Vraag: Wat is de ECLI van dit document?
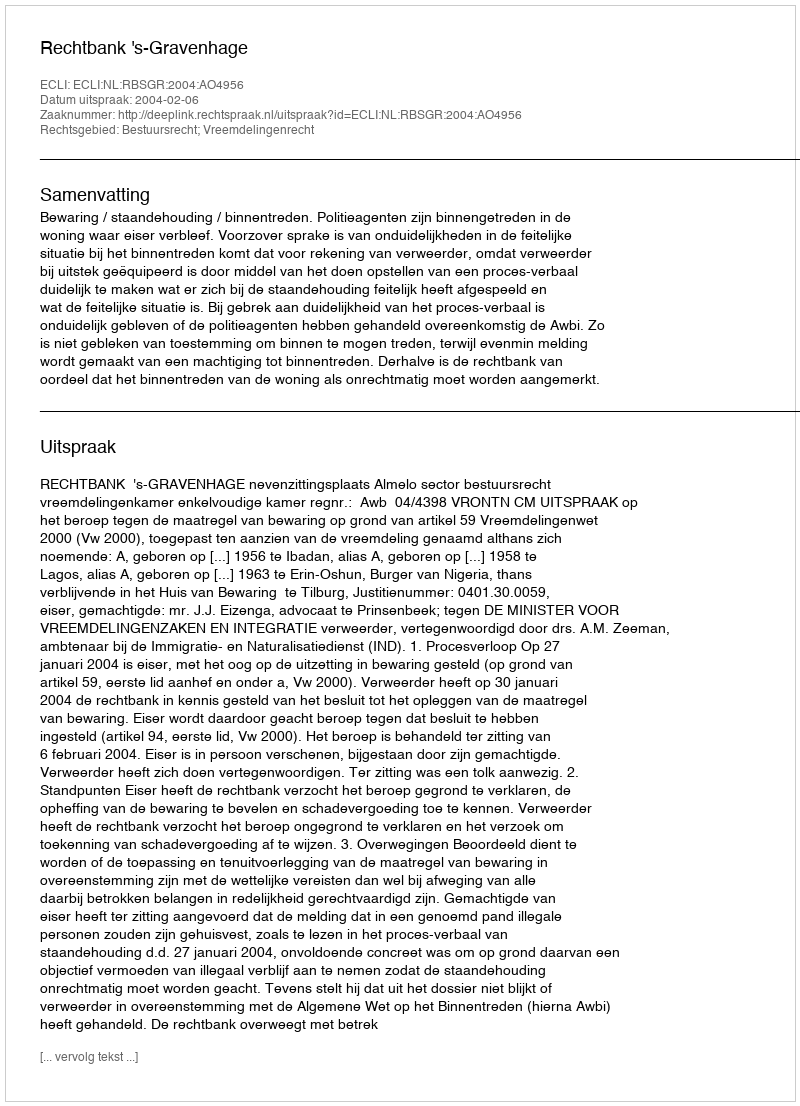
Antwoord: ECLI:NL:RBSGR:2004:AO4956